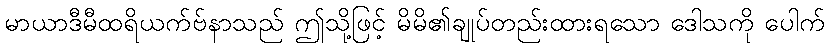
မာယာဒီမီထရိယက်ဗ်နာသည် ဤသို့ဖြင့် မိမိ၏ချုပ်တည်းထားရသော ဒေါသကို ပေါက်